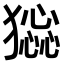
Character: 𤡧